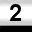
Digit: 2